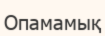
Опамамық